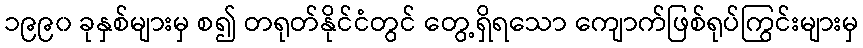
၁၉၉၀ ခုနှစ်များမှ စ၍ တရုတ်နိုင်ငံတွင် တွေ့ရှိရသော ကျောက်ဖြစ်ရုပ်ကြွင်းများမှ